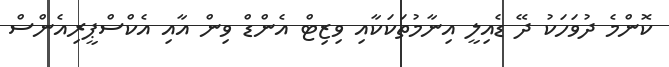
ކޮންމެ ދުވަހަކު ދޭ ޑެއިލީ އިނާމުތަކަކާއި ވިޒިޓް އެންޑް ވިން އާއި އެކްސްޕީރިއެންސް